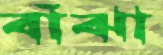
বাঁঝা